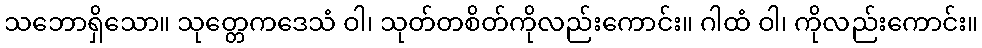
သဘောရှိသော။ သုတ္တေကဒေသံ ဝါ၊ သုတ်တစိတ်ကိုလည်းကောင်း။ ဂါထံ ဝါ၊ ကိုလည်းကောင်း။